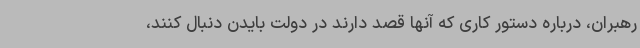
رهبران، درباره دستور کاری که آنها قصد دارند در دولت بایدن دنبال کنند،